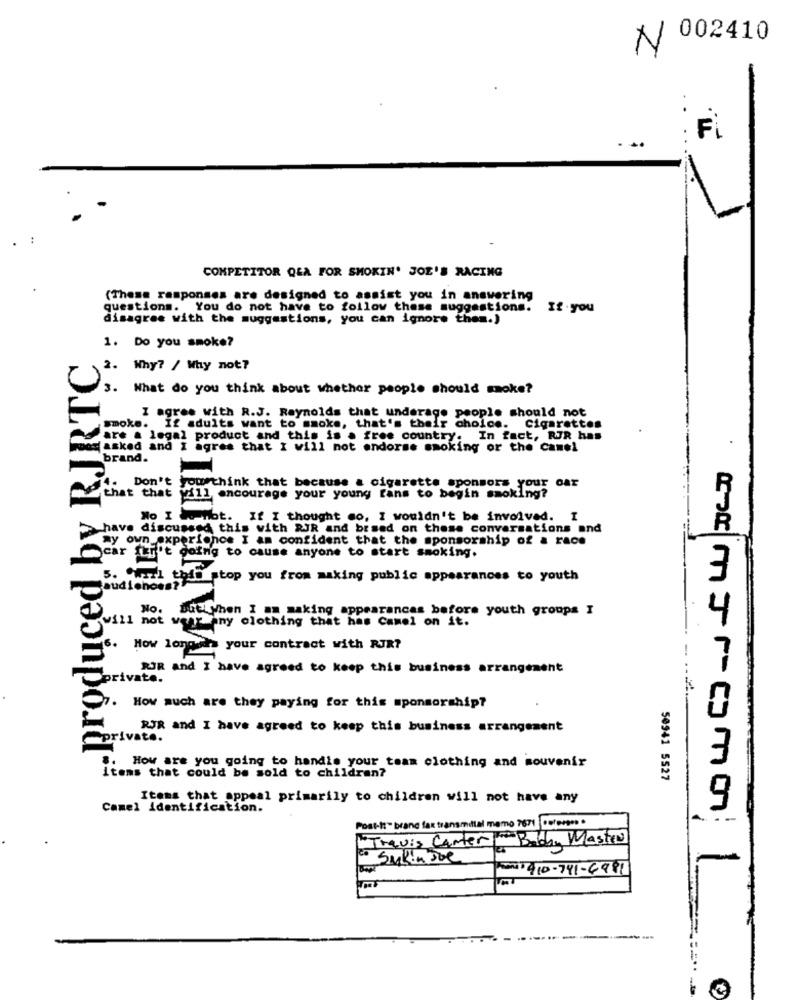
/ 002410
Fİ
...
COMPETITOR QLA FOR SMOKIN' JOE'S RACING
(Thema ramponses are designed to assist you in answering
questions. You do not have to follow these suggestions. If you
disagree with the suggestions, you can ignore them.)
produced by RJRTC
1. Do you smoke?
2. Why? / Why not?
3. What do you think about whether people should smoke?
I agree with R.J. Reynolds that underage people should not
smoke.
If adults want to smoke, that's their choice. Cigarettes
are a legal product and this is a free country.
In fact, RUR has
asked and I agree that I will not endorse smoking or the Camel
brand.
Don't you think that because a cigarette sponsors your car
that that will encourage your young fans to begin smoking?
No I do not. If I thought so, I wouldn't be involved.
have discussed this with RJR and brsed on these conversations and
my own experience I am confident that the sponsorship of a race
car furt e
i't going to cause anyone to start smoking.
5. Ohel this stop you from making public appearances to youth
audiences?
No. Dati when I am making appearances before youth groups I
will not wenplany clothing that has Camel on it.
6.
How longsds your contract with RJR?
RJR and I have agreed to keep this business arrangement
private.
How much are they paying for this sponsorship?
RJR and I have agreed to keep this business arrangement
private.
..
How are you going to handle your team clothing and souvenir
items that could be sold to children?
50941 5527
Items that appeal primarily to children will not have any
Camel identification.
Post-it- brand fax transmittal mamo 7671 Celerees .
Travis Carter B
Bobby Master
to Sakin Joe
410-741-6981